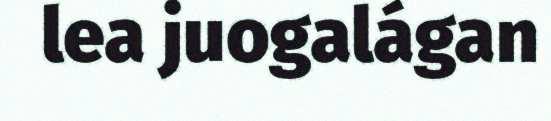
lea juogalágan